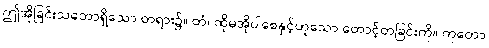
ဤအိုခြင်းသဘောရှိသော တရား၌။ တံ၊ ထိုမအိုပါစေနှင့်ဟူသော တောင့်တခြင်းကို။ ကုတော